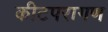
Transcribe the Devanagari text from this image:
कीटपरागण